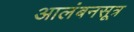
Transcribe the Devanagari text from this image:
आलंबनसूत्र